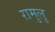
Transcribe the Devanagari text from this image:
रामुलु